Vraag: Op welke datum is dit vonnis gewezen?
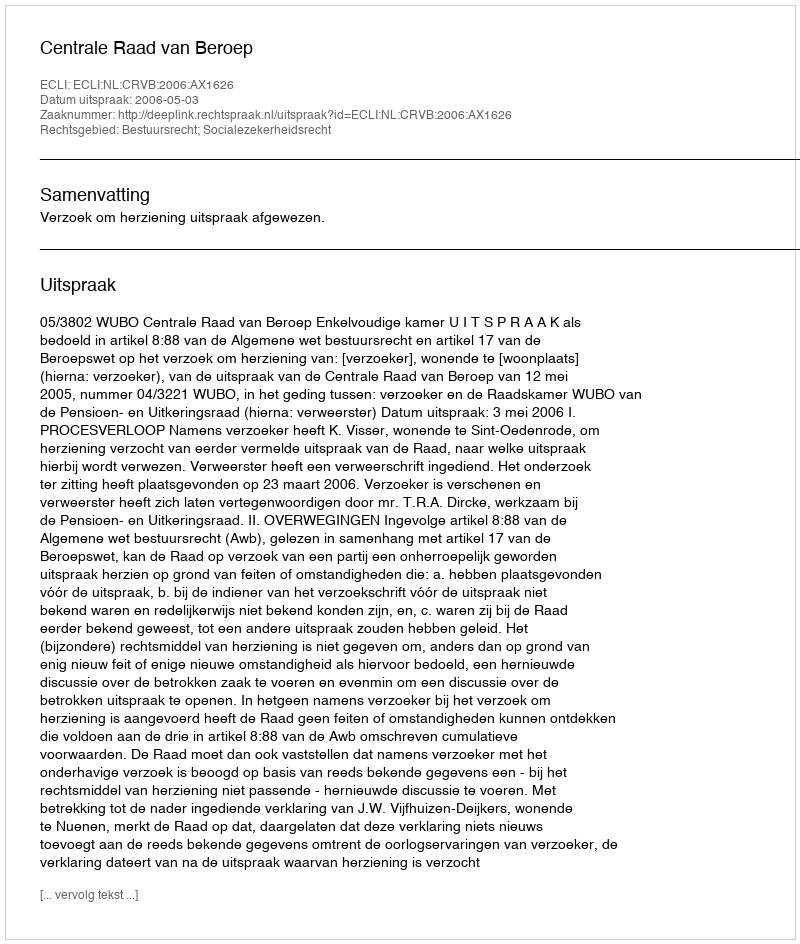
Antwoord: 2006-05-03